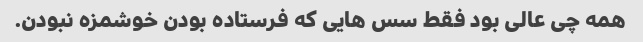
همه چی عالی بود فقط سس هایی که فرستاده بودن خوشمزه نبودن.